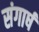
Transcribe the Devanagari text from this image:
संगार्ष